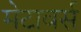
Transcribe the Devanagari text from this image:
मेटावर्स